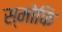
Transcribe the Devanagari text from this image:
स्मोकि